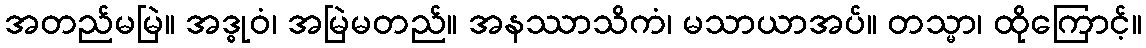
အတည်မမြဲ။ အဒ္ဓုဝံ၊ အမြဲမတည်။ အနဿာသိကံ၊ မသာယာအပ်။ တသ္မာ၊ ထိုကြောင့်။